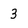
Character: 3